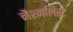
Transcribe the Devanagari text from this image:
नैश्नलिस्ट